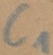
Text: C1